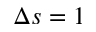
\Delta s = 1